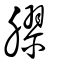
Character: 膠